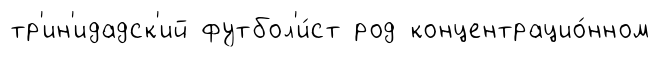
тр'ин'идадск'ий футбол'и́ст род концентрацио́нном